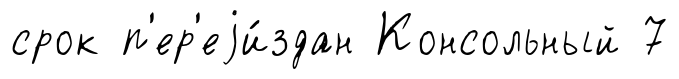
срок п'ер'еjи́здан Консольный 7